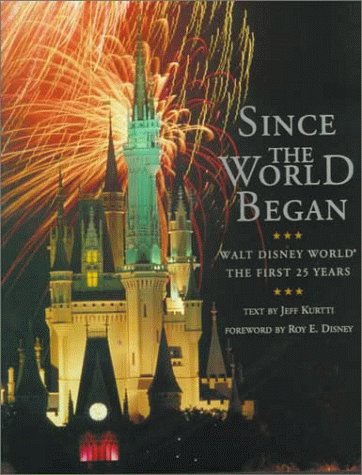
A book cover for Since the World Began: Walt Disney World - The First 25 Years; Jeff Kurtti; Business & Money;